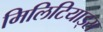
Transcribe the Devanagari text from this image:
मिलिटियाड्स